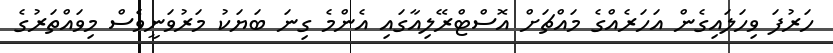
ހަރުފަ ވިހަލައިގެން އަހަރެއްގެ މައްޗަށް އޮސްޓްރޭލިއާގައި އެންމެ ގިނަ ބަޔަކު މަރުވަނީވެސް މިވައްތަރުގެ